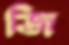
জি